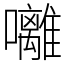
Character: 囄